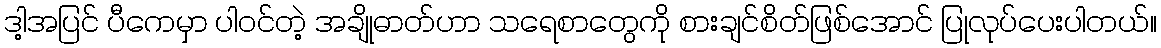
ဒါ့အပြင် ပီကေမှာ ပါဝင်တဲ့ အချိုဓာတ်ဟာ သရေစာတွေကို စားချင်စိတ်ဖြစ်အောင် ပြုလုပ်ပေးပါတယ်။